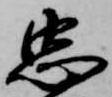
忠